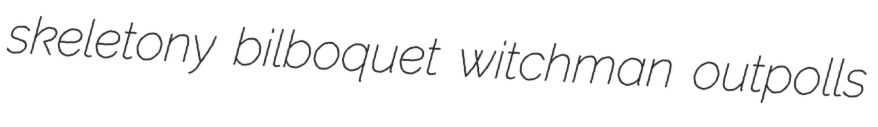
skeletony bilboquet witchman outpolls